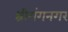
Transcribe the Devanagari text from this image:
श्रीगंगनगर